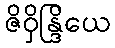
ဇိဝှိန္ဒြိယေ